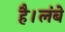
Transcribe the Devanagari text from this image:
है।लंबे